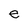
Character: e